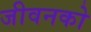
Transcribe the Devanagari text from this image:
जीवनको